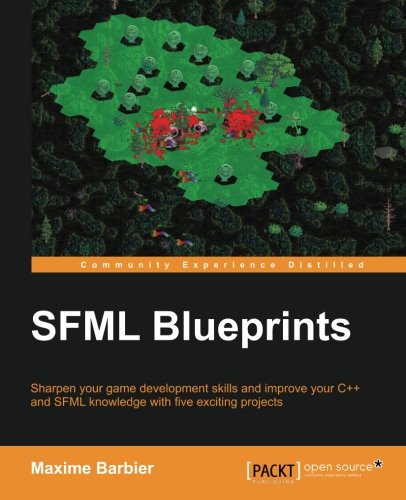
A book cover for SFML Blueprints; Maxime Barbier; Computers & Technology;